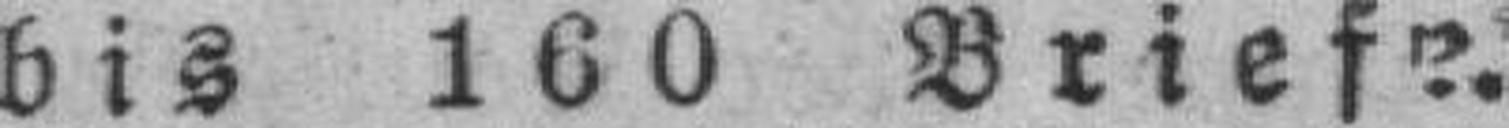
bis 160 Brief?.